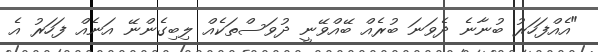
"އެއްފަހަރު ބުނާނެ ދެވަނަ ބުރެއް ބޭއްވޭނީ ދުވަސްތަކެއް ލިބިގެންނޭ އަނެއް ފަހަރު އެ